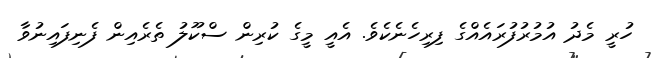
ހުރީ މެދު އުމުރުފުރައެއްގެ ފިރިހެނެކެވެ. އެއީ މީގެ ކުރިން ސްކޫލު ތެރެއިން ފެނިފައިނުވާ